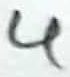
Text: 4